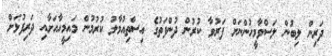
ދަރިން ލިބުން ލަސްވާމީހުންނަށް ފަރުވާ ކުރުން ދުންފަތުގެ އިސްތިއުމާލު ކުރުމުން މައިމީހާއަށާއި ދަރިފުޅަށް